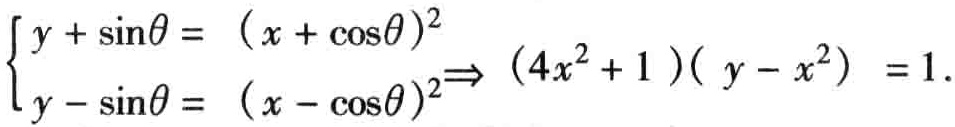
$\begin{cases}y + \sin\theta =  (x + \cos\theta)^2\\y - \sin\theta =  (x - \cos\theta)^2\end{cases}\Rightarrow (4x^2 + 1 )( y - x^2)  = 1.$